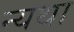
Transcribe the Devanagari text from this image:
न्यथा